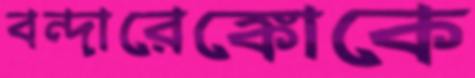
বন্দারেঙ্কোকে